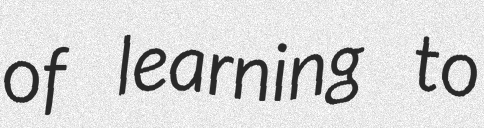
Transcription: of learning to